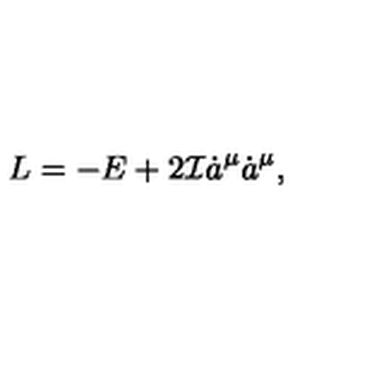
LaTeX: L = - E + 2 { \cal I } \dot { a } ^ { \mu } \dot { a } ^ { \mu } ,